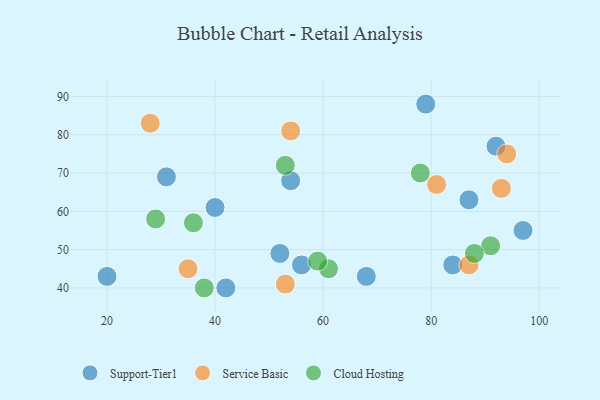
{"axis": {"x": "GDP", "y": "Life Expectancy"}, "legend": ["Cloud Hosting", "Service Basic", "Support-Tier1"], "data": [{"x": "56", "y": 46, "type": "Support-Tier1"}, {"x": "87", "y": 63, "type": "Support-Tier1"}, {"x": "97", "y": 55, "type": "Support-Tier1"}, {"x": "79", "y": 88, "type": "Support-Tier1"}, {"x": "20", "y": 43, "type": "Support-Tier1"}, {"x": "52", "y": 49, "type": "Support-Tier1"}, {"x": "84", "y": 46, "type": "Support-Tier1"}, {"x": "40", "y": 61, "type": "Support-Tier1"}, {"x": "42", "y": 40, "type": "Support-Tier1"}, {"x": "92", "y": 77, "type": "Support-Tier1"}, {"x": "54", "y": 68, "type": "Support-Tier1"}, {"x": "68", "y": 43, "type": "Support-Tier1"}, {"x": "31", "y": 69, "type": "Support-Tier1"}, {"x": "81", "y": 67, "type": "Service Basic"}, {"x": "87", "y": 46, "type": "Service Basic"}, {"x": "28", "y": 83, "type": "Service Basic"}, {"x": "35", "y": 45, "type": "Service Basic"}, {"x": "94", "y": 75, "type": "Service Basic"}, {"x": "53", "y": 41, "type": "Service Basic"}, {"x": "93", "y": 66, "type": "Service Basic"}, {"x": "54", "y": 81, "type": "Service Basic"}, {"x": "78", "y": 70, "type": "Cloud Hosting"}, {"x": "61", "y": 45, "type": "Cloud Hosting"}, {"x": "91", "y": 51, "type": "Cloud Hosting"}, {"x": "38", "y": 40, "type": "Cloud Hosting"}, {"x": "59", "y": 47, "type": "Cloud Hosting"}, {"x": "36", "y": 57, "type": "Cloud Hosting"}, {"x": "29", "y": 58, "type": "Cloud Hosting"}, {"x": "88", "y": 49, "type": "Cloud Hosting"}, {"x": "53", "y": 72, "type": "Cloud Hosting"}]}